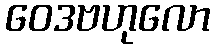
ဝေဒဗဟုလော